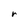
Character: r